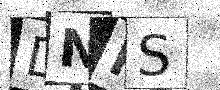
Text: DNKS